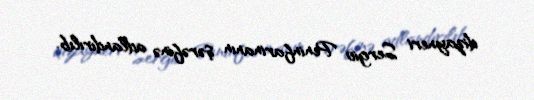
dizayneri Sergio Peninfarinanın şərəfinə adlandırılıb.